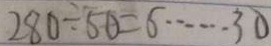
2 8 0 \div 5 0 = 6 \cdots 3 0